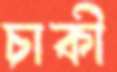
চাকী